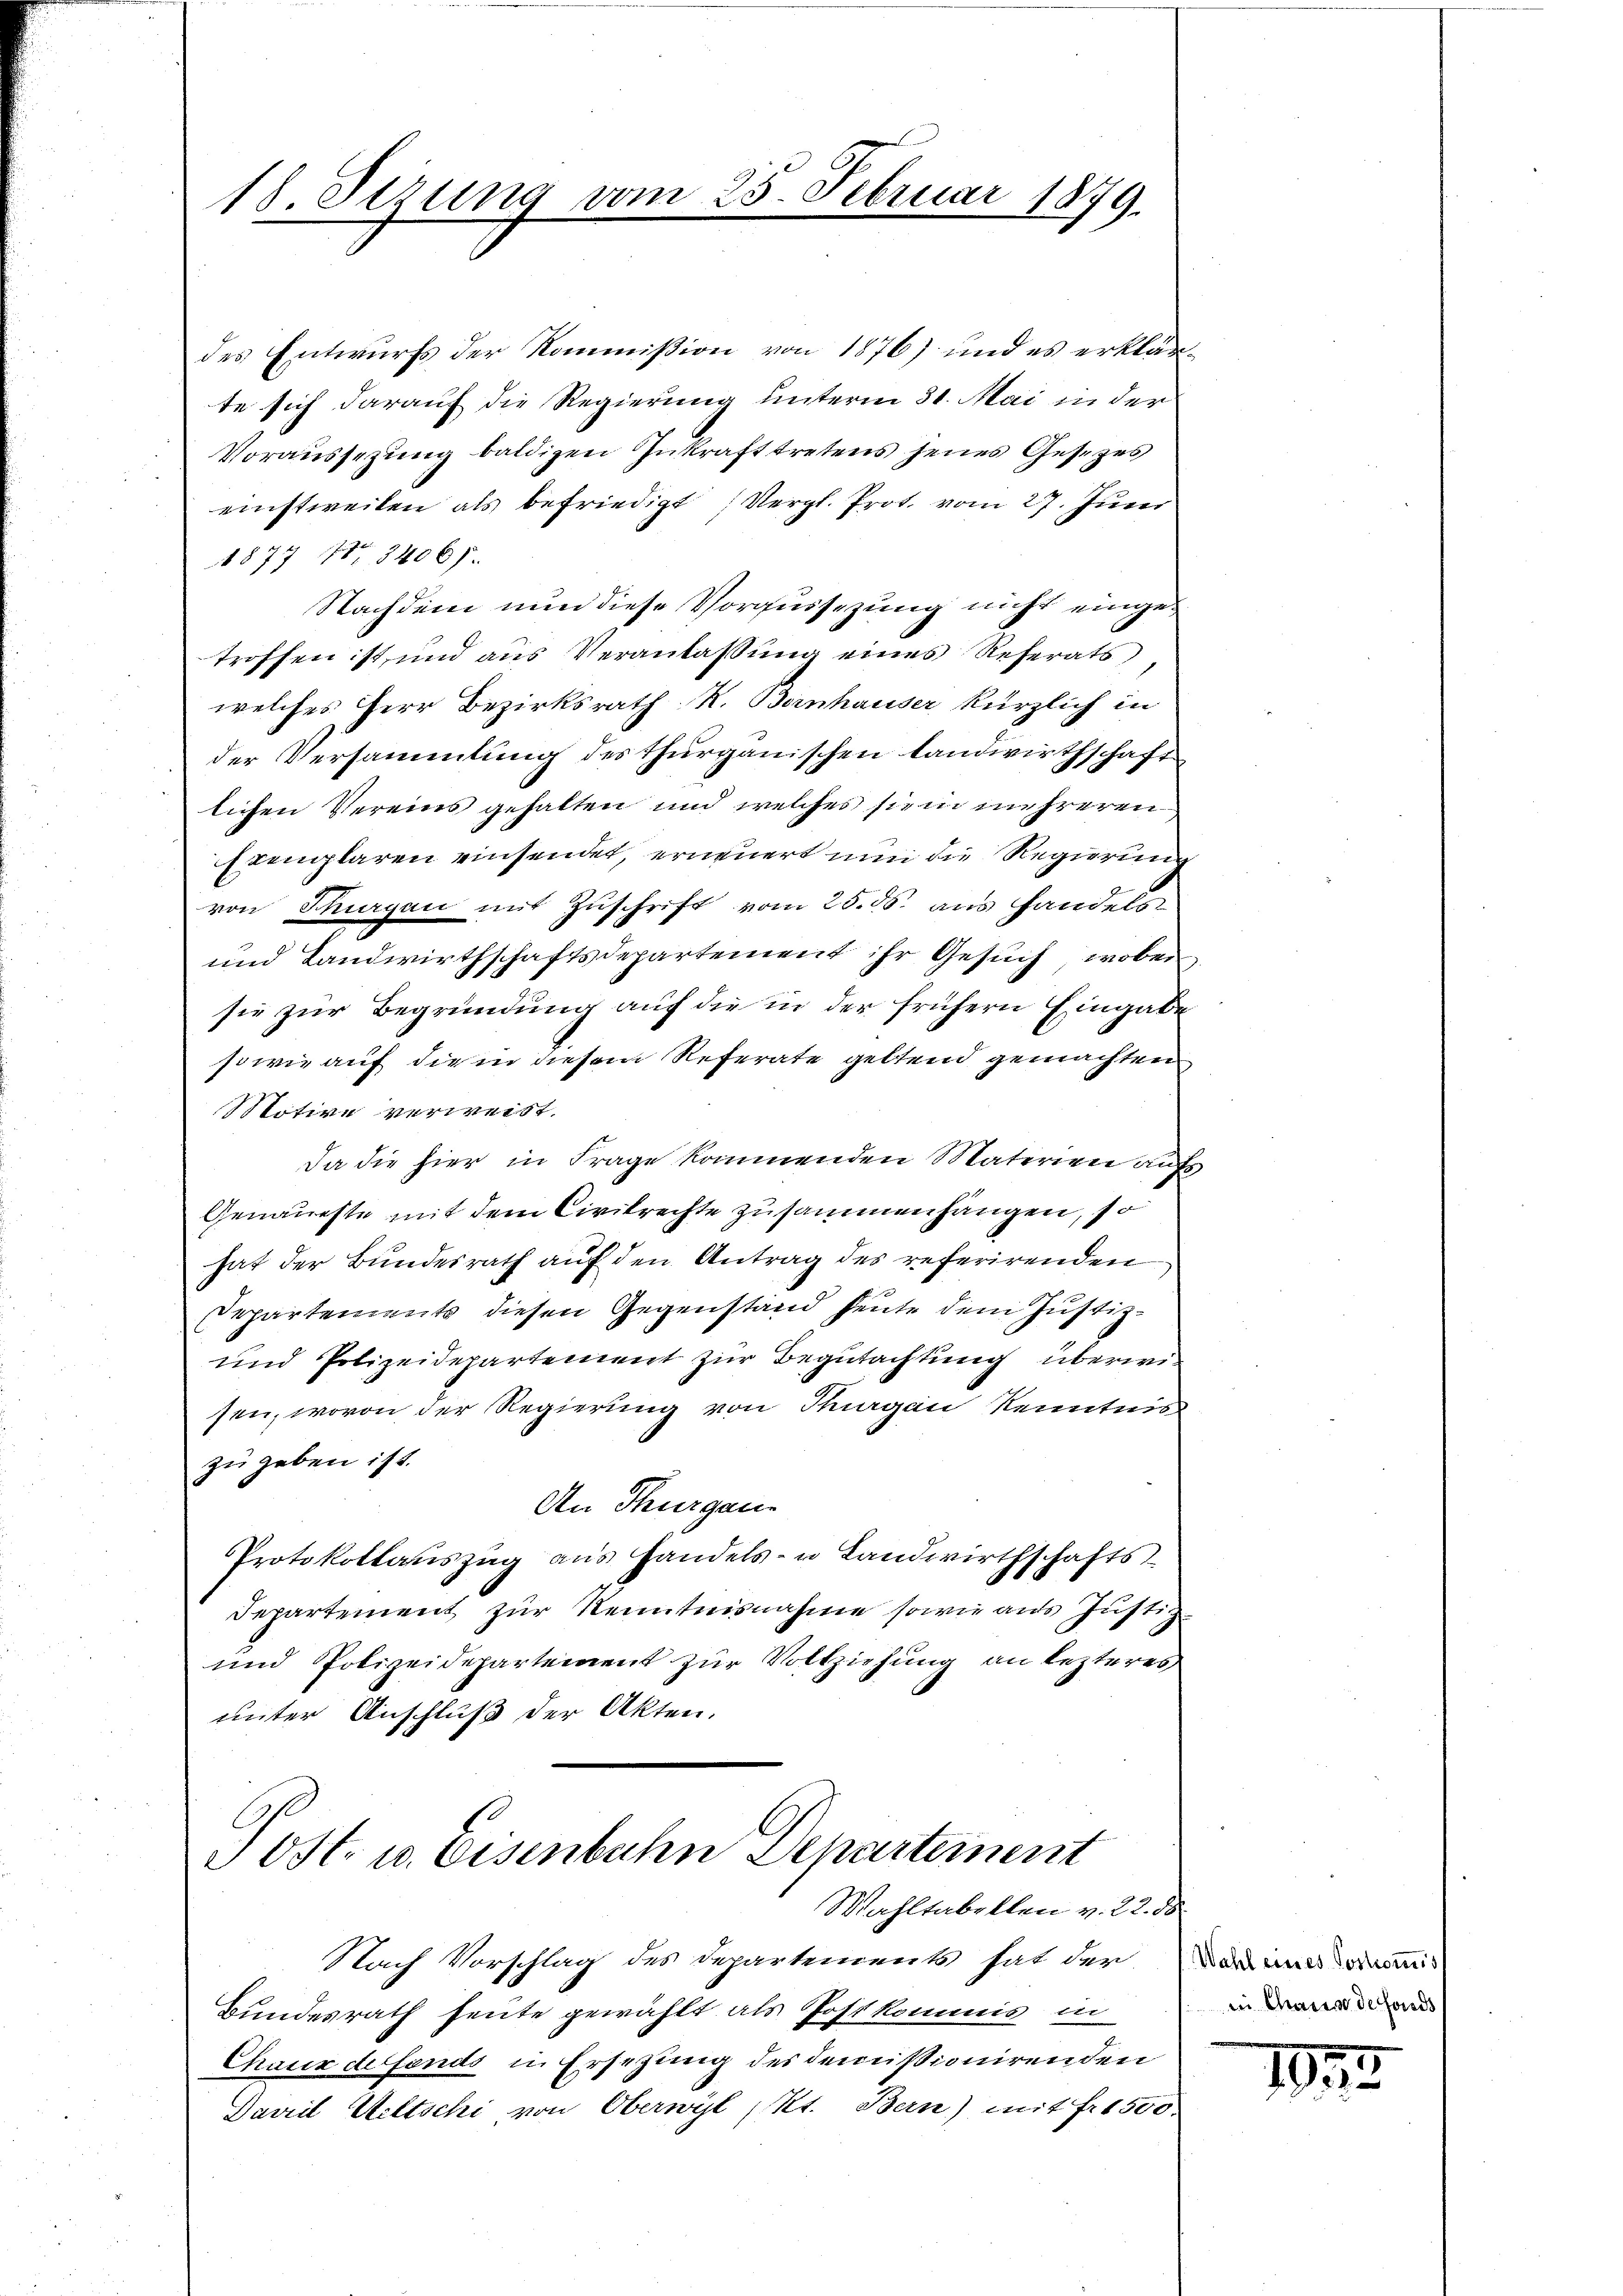
18. Sizung vom 25. Februar 1879.

des Entwurfs der Kommißion von 1876) und es erklärte sich darauf die Regierung unterm 31. Mai in der
Voraussezung baldigen Inkraft tretens jenes Gesezes
einstweilen als befriedigt ; Vergl. Prot. vom 27. Juni
1877 487. 3406).
Nachdem nun diese Vorgüssezung nicht eingetroffen ist, und aus Veranlassung eines Referats
welches Herr Bezirksrath R. Bernhauser kürzlich in
der Versammlung des Thurgauischen Landwirthschaft
lichen Vereins gehalten und welches sein mehreren
Exemplaren einsendet, erneuert um die Regierung
von Thurgau mit Zuschrift vom 25. ds. aus Handels
und Landwirthschaftsdepartement ihr Gesuch, wobei
sie zur Begründung auf die in der frühern Eingabe
sowie auf die in diesem Referate geltend gemachten
Motive verweist.
Da die hier in Frage kommenden Materien auf
Genaueste mit dem Civikrechte zusammenhängen, so
hat der Bundesrath auf den Antrag des referirenden
Departements diesen Gegenstand heute dem Justiz¬
und Polizeidepartement zur Begutachtung überwiesen, wovon der Regierung von Thurgau Kenntnis
zu geben ist.
An Thurgau.
Protokollanszŭg ans Handels- u Landwirthschafts-
Departement zur Kenntnisnahme sowie aus Justiz-
und Polizeidepartement zur Vollziehung an lezteres
unter Anschluß der Akten.

Post- u. Eisenbahn Departement
Wahltabellen v. 22. 58.

Nach Vorschlag des Departements hat der das mir ei
Bundesrath heute gewählt als Postkommis in
Chaux deffends in Ersetzung des demissionirenden
Davril Weltschi von Oberwyl Kt. Bern) mit Fr. 1500.

in Chaus de fonds

1833.